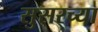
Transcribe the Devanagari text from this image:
सुसरच्या